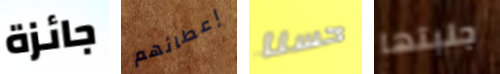
جائزة إعطائهم حسنا جلبتها